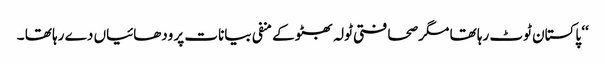
‘‘ پاکستان ٹوٹ رہا تھا مگر صحافتی ٹولہ بھٹو کے منفی بیانات پر ودھائیاں دے رہا تھا ۔